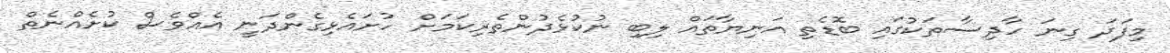
މިފަދަ ގިނަ ހާދިސާތަކުގައި ބޮޑެތި އަނިޔާތައް ލިބި ނުކުޅެދުންތެރިކަމަށް ހުށައެޅިގެންދަނީ އެއްވެސް ކުށެއްނެތް